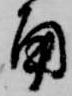
角